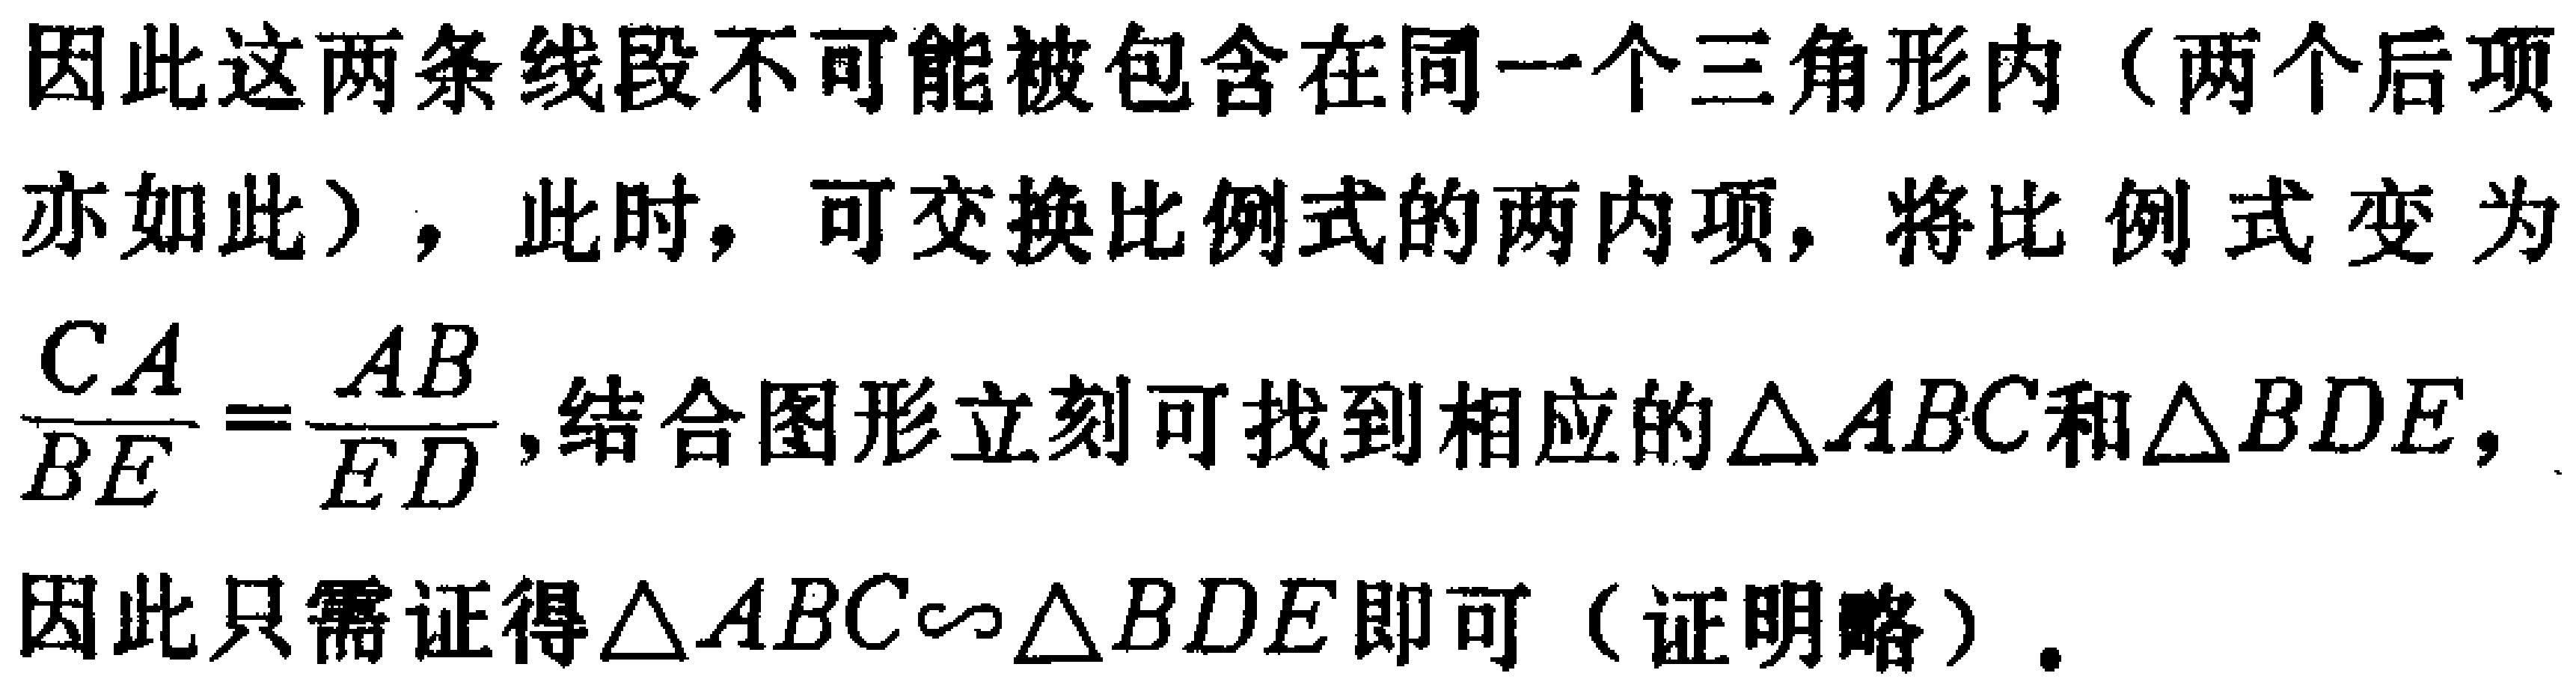
因此这两条线段不可能被包含在同一个三角形内（两个后项亦如此），此时，可交换比例式的两内项，将比例式变为$\frac{CA}{BE}=\frac{AB}{ED}$,结合图形立刻可找到相应的$\triangle ABC$和$\triangle BDE$，因此只需证得$\triangle ABC\sim\triangle BDE$即可（证明略）。